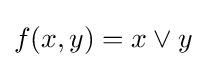
f(x,y)=x\lor y